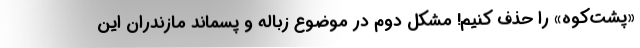
«پشت‌کوه» را حذف کنیم! مشکل دوم در موضوع زباله و پسماند مازندران این